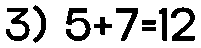
3) 5+7=12